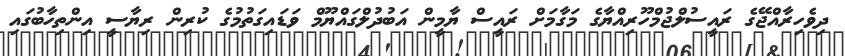
ދިވެހިރާއްޖޭގެ ރައީސުލްޖުމްހޫރިއްޔާގެ މަގާމަށް ރައީސް ޔާމީން އަބުދުލްގައްޔޫމް ވަޑައިގަތުމުގެ ކުރިން ރިޔާސީ އިންތިހާބުގައި